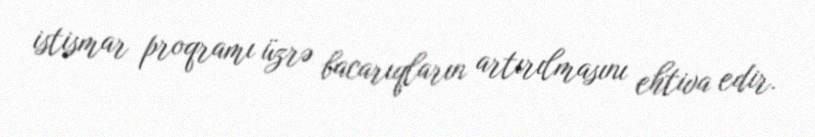
istismar proqramı üzrə bacarıqların artırılmasını ehtiva edir.